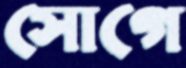
সোগে